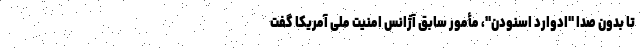
تا بدون صدا "ادوارد اسنودن"، مأمور سابق آژانس امنیت ملی آمریکا گفت